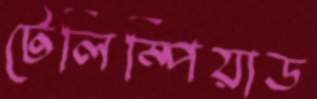
টেলিম্পিয়াড